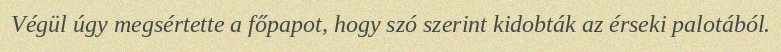
Végül úgy megsértette a főpapot, hogy szó szerint kidobták az érseki palotából.